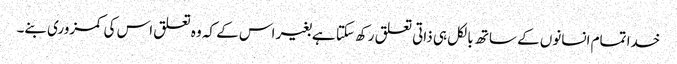
خدا تمام انسانوں کے ساتھ بالکل ہی ذاتی تعلق رکھ سکتا ہےبغیر اس کے کہ وہ تعلق اس کی کمزوری بنے۔